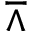
\barwedge